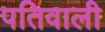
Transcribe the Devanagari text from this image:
पतिवाली